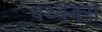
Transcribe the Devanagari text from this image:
बर्थ्वर्क्स